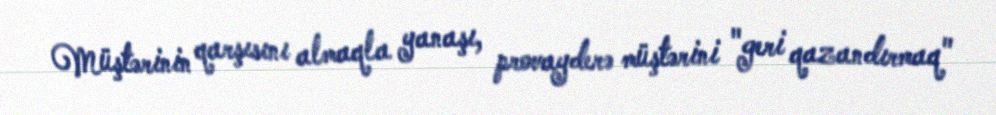
Müştərinin qarşısını almaqla yanaşı, provayderə müştərini "geri qazandırmaq"